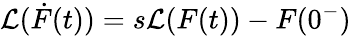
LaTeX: {\cal L}(\dot{F}(t))=s{\cal{L}}(F(t))-F(0^{-})